Annual statistical returns and brief notes on vaccination in Bengal - 1909-1929
Year: 1909
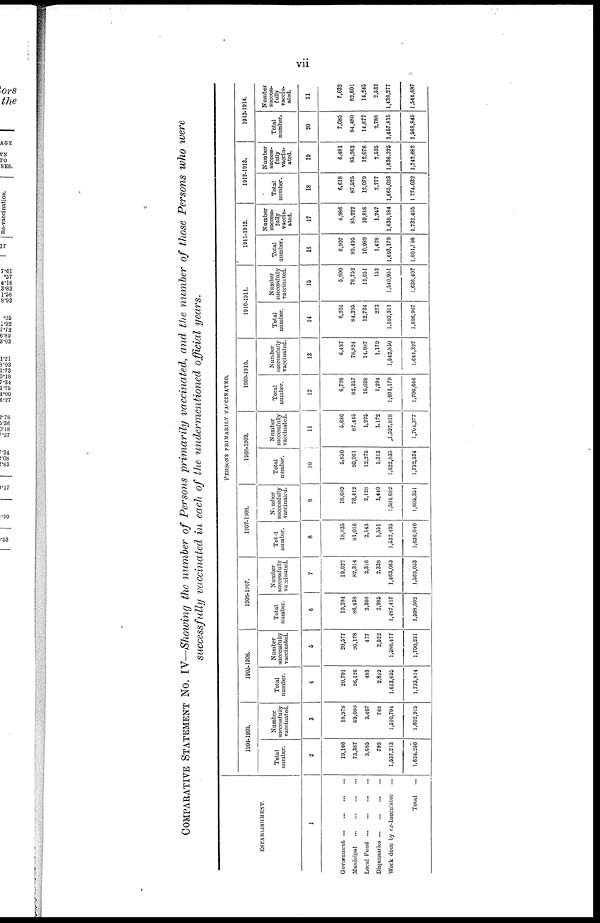
vii
COMPARATIVE STATEMENT No. IV—Showing the number of Persons primarily vaccinated, and the number of those Persons who were
successfully vaccinated in each of the undermentioned official years.
ESTABLISHMENT.
1
Government
...
...
...
...
Municipal
...
...
...
...
Local Fund
...
...
...
...
Dispensaries
...
...
...
...
Work done by ex-Inoculator ...
Total ...
PERSONS PRIMARILY VACCINATED.
1904-1905.
Total
number.
2
19,166
73,387
3,685
799
1,537,213
1,634,250
Number
successfully
vaccinated.
3
18,978
69,060
3,407
766
1,510,704
1,602,915
1905-1906.
Total
number.
4
20,701
96,126
483
2,849
1,613,655
1,733,814
Number
successfully
vaccinated.
5
20,577
90,178
477
2,522
1,586,477
1,700,231
1906-1907.
Total
number.
6
19,294
86,438
2,368
2,985
1,487,417
1,598,502
Number
successfully
vaccinated.
7
19,022
82,314
2,316
2,338
1,463,063
1,569,053
1907-1908.
Total
number.
8
18,835
81,016
2,143
1,551
1,532,495
1,636,040
Number
successfully
vaccinated.
9
18,689
78,412
2,128
1,440
1,504,682
1,605,351
1908-1909.
Total
number.
10
5,850
90,061
12,275
1,313
1,622,835
1,732,334
Number
successfully
vaccinated.
11
5,686
87,445
1,225
1,172
1,597,818
1,701,377
1909-1910.
Total
number.
12
6,798
82,357
15,038
1,294
1,601,179
1,706,666
Number
successfully
vaccinated.
13
6,487
78,824
14,987
1,179
1,542,850
1,644,327
1910-1911.
Total
number.
14
6,204
84,395
12,734
223
1,593,351
1,696,907
Number
successfully
vaccinated.
15
5,900
76,752
12,651
153
1,540,951
1,636,407
1911-1912.
Total
number.
16
6,907
89,495
10,989
1,428
1,693,179
1,801,998
Number
success-
fully
vaccin-
ated.
17
4,986
85,222
10,816
1,247
1,630,184
1,732,455
1912-1913.
Total
number.
18
6,618
87,525
12,079
2,777
1,665,033
1,774,032
Number
success-
fully
vaccin-
ated.
19
6,481
85,263
12,078
2,535
1,636,325
1,742,682
1913-1914.
Total
number.
20
7,085
84,480
14,677
2,788
1,457,815
1,566,845
Number
success-
fully
vaccin-
ated.
21
7,032
82,601
14,245
2,532
1,438,277
1,544,687